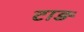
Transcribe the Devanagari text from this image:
टाड़